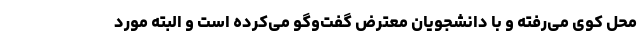
محل کوی می‌رفته و با دانشجویان معترض گفت‌وگو می‌کرده است و البته مورد